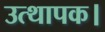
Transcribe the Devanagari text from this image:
उत्थापक।